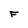
Character: F